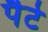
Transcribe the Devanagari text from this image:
पैटे